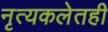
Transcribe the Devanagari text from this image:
नृत्यकलेतही